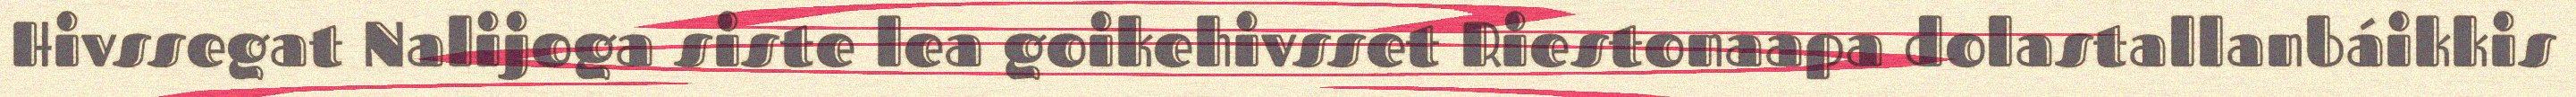
Hivssegat Nalijoga siste lea goikehivsset Riestonaapa dolastallanbáikkis